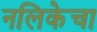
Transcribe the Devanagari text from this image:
नलिकेचा